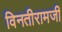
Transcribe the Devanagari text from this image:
विनतीरामजी